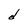
Character: d